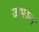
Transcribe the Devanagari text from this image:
जाभरून